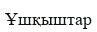
Ұшқыштар